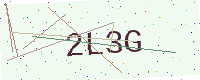
Text: 2L3G